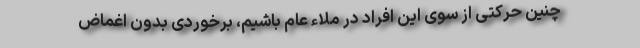
چنین حرکتی از سوی این افراد در ملاء عام باشیم، برخوردی بدون اغماض